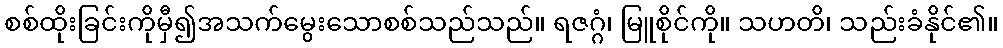
စစ်ထိုးခြင်းကိုမှီ၍အသက်မွေးသောစစ်သည်သည်။ ရဇဂ္ဂံ၊ မြူစိုင်ကို။ သဟတိ၊ သည်းခံနိုင်၏။